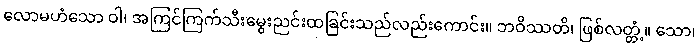
လောမဟံသော ဝါ၊ အကြင်ကြက်သီးမွေးညင်းထခြင်းသည်လည်းကောင်း။ ဘဝိဿတိ၊ ဖြစ်လတ္တံ့။ သော၊